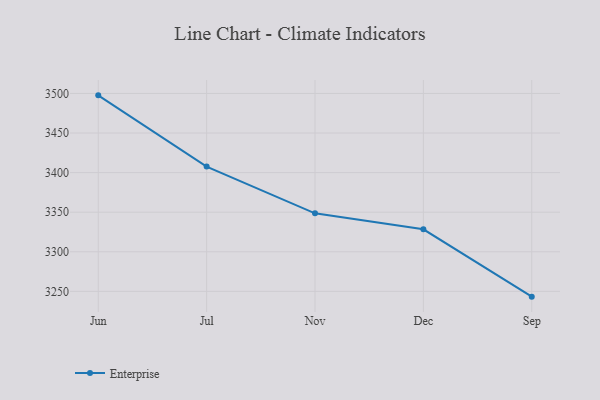
{"axis": {"x": "Month", "y": "Customer Acquisition Cost (USD)"}, "legend": ["Enterprise"], "data": [{"x": "Jun", "y": 3497.6, "type": "Enterprise"}, {"x": "Jul", "y": 3407.6, "type": "Enterprise"}, {"x": "Nov", "y": 3348.6, "type": "Enterprise"}, {"x": "Dec", "y": 3328.4, "type": "Enterprise"}, {"x": "Sep", "y": 3243.3, "type": "Enterprise"}]}